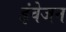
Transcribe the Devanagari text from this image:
इंवेजन